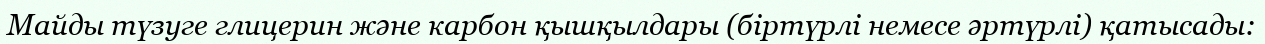
Майды түзуге глицерин және карбон қышқылдары (біртүрлі немесе әртүрлі) қатысады: